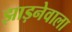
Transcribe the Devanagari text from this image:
झाड़नेवाला